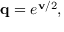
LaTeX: \mathbf { q } = e ^ { \mathbf { v } / 2 } ,